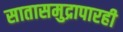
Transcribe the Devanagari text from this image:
सातासमुद्रापारही